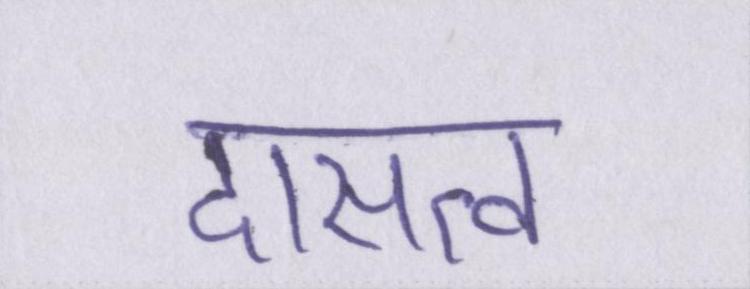
दासत्व